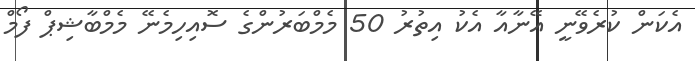
އެކަން ކުރެވޭނީ އޭނާއާ އެކު އިތުރު 50 މެމްބަރުންގެ ސޮއިހިމެނޭ މެމްބާޝިޕް ފޯމް